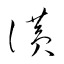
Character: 讃